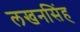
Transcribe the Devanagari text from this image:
लखनसिंह